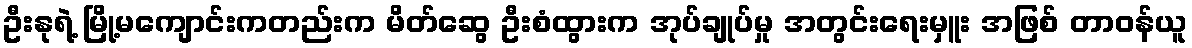
ဦးနုရဲ့ မြို့မကျောင်းကတည်းက မိတ်ဆွေ ဦးစံထွားက အုပ်ချုပ်မှု အတွင်းရေးမှူး အဖြစ် တာဝန်ယူ